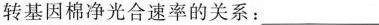
转基因棉净光合速率的关系：___